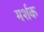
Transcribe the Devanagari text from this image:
मर्शक